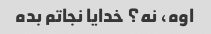
اوه، نه؟ خدایا نجاتم بده